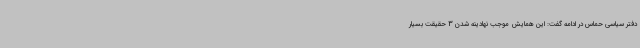
دفتر سیاسی حماس در ادامه گفت: این همایش موجب نهادینه شدن 3 حقیقت بسیار